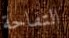
التفاحة